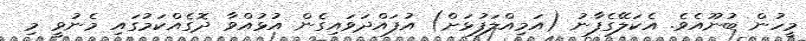
މީހުން ބުނޫއެވެ. އެކަލޭގެފާނު (އަމިއްލަފުޅަށް) އުފައްދަވައިގެން އުޅުއްވާ ދޮގެއްކަމުގައި މެނުވީ މި